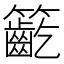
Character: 𥷳